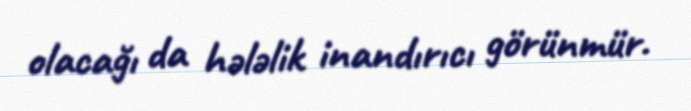
olacağı da hələlik inandırıcı görünmür.